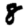
Digit: 8